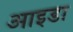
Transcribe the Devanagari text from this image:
आइडा